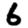
Digit: 6